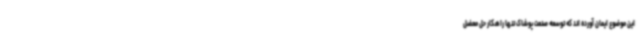
این موضوع ایمان آورده اند که توسعه صنعت پوشاک تنها راهکار حل معضل